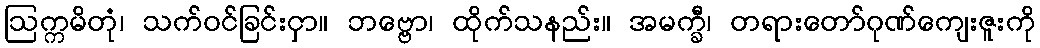
ဩက္ကမိတုံ၊ သက်ဝင်ခြင်းငှာ။ ဘဗ္ဗော၊ ထိုက်သနည်း။ အမက္ခီ၊ တရားတော်ဂုဏ်ကျေးဇူးကို